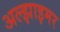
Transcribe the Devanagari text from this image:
अल्‍झाइमर